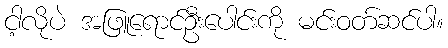
ငါ့လိုပဲ အဖြူရောင်ဦးပေါင်းကို မင်းဝတ်ဆင်ပါ။